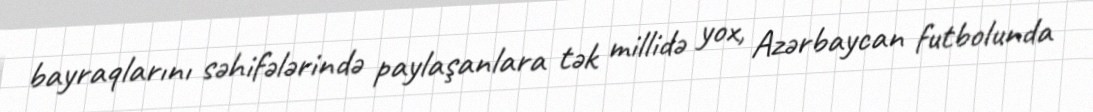
bayraqlarını səhifələrində paylaşanlara tək millidə yox, Azərbaycan futbolunda